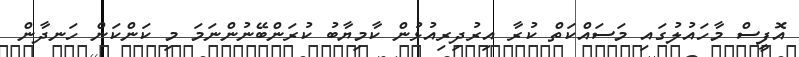
އޮފީސް މާހައުލުގައި މަސައްކަތް ކުރާ އިރުދިރިއުޅުން ކާމިޔާބު ކުރަންބޭނުންނަމަ މި ކަންކަން ހަނދާން